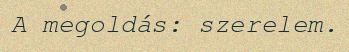
A megoldás: szerelem.